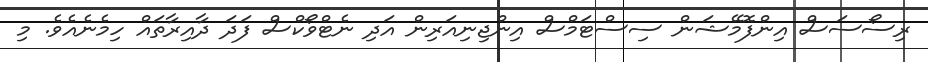
ރިސޯސަސް އިންފޮމޭޝަން ސިސްޓަމްސް އިންޖިނިއަރިން އަދި ނެޓްވޯކްސް ފަދަ ދާއިރާތައް ހިމެނެއެވެ. މި